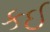
કઈ